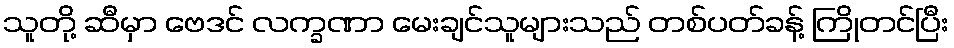
သူတို့ ဆီမှာ ဗေဒင် လက္ခဏာ မေးချင်သူများသည် တစ်ပတ်ခန့် ကြိုတင်ပြီး